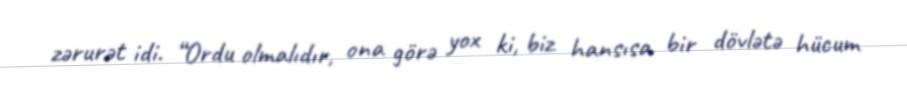
zərurət idi. “Ordu olmalıdır, ona görə yox ki, biz hansısa bir dövlətə hücum